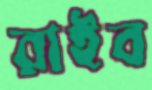
রাইব